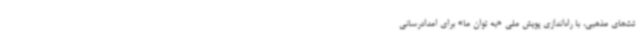
ئت‌های مذهبی، با راه‌اندازی پویش ملی «به توان ما» برای امدادرسانی